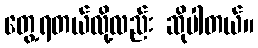
တွေ့ရတယ်လို့လည်း ဆိုပါတယ်။